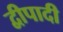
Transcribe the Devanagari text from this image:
द्वीपादी